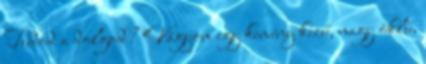
Tudod a dolgod? Vágyom egy kemény kezű, nagy öklű,